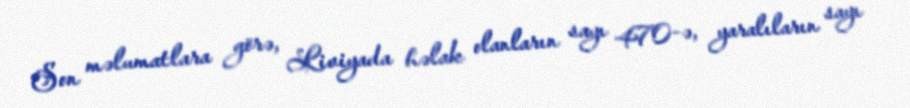
Son məlumatlara görə, Liviyada həlak olanların sayı 470-ə, yaralıların sayı